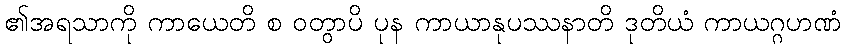
၏အရသာကို ကာယေတိ စ ဝတွာပိ ပုန ကာယာနုပဿနာတိ ဒုတိယံ ကာယဂ္ဂဟဏံ